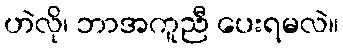
ဟဲလို၊ ဘာအကူညီ ပေးရမလဲ။